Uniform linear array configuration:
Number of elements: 24
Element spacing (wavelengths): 1
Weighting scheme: kaiser
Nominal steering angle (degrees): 45
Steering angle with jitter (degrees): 46.935
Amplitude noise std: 0.05
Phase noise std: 0.05

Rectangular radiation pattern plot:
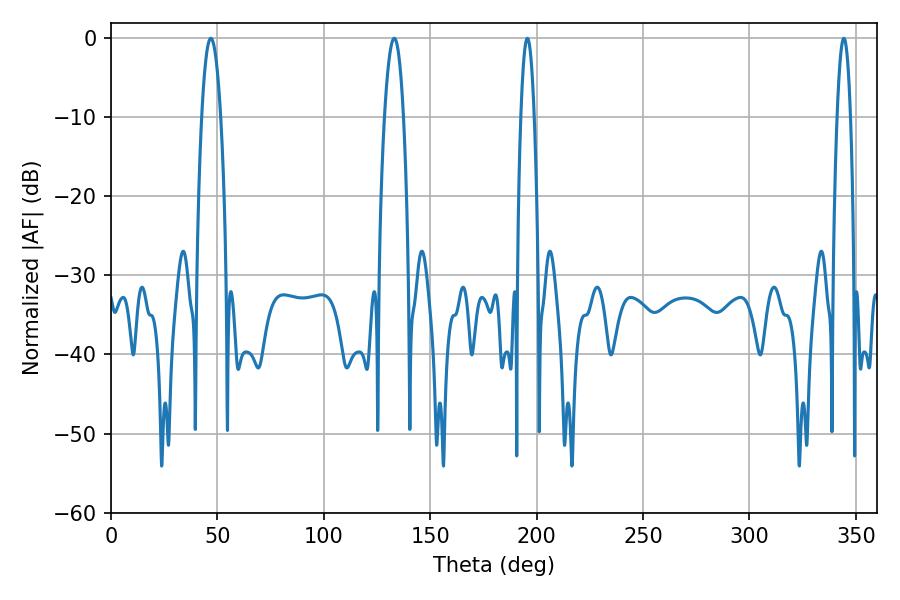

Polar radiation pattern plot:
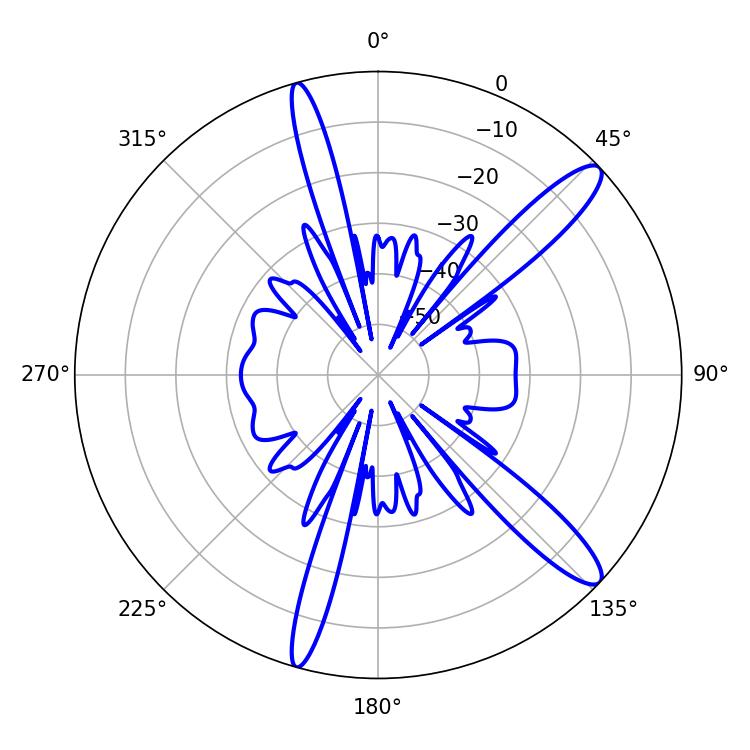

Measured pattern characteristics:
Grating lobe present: TRUE
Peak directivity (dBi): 13.012
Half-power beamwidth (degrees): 3.42
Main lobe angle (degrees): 195.66